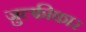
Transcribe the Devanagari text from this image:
ज़ुल्फीकार